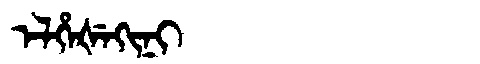
Manchu: ᡝᠯᡥᡝᡧᡝᡴᡳᠨᡳ
Romanization: ELHEŠEKINI